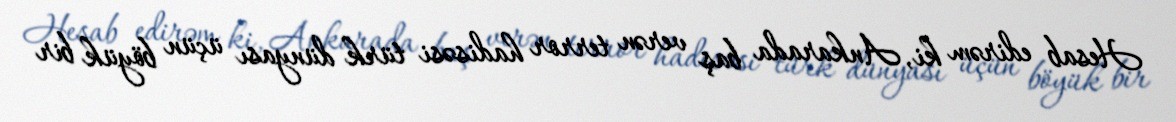
Hesab edirəm ki, Ankarada baş verən terror hadisəsi türk dünyası üçün böyük bir